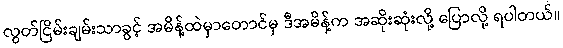
လွတ်ငြိမ်းချမ်းသာခွင့် အမိန့်ထဲမှာတောင်မှ ဒီအမိန့်က အဆိုးဆုံးလို့ ပြောလို့ ရပါတယ်။